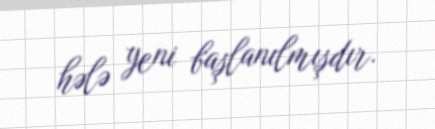
hələ yeni başlanılmışdır.